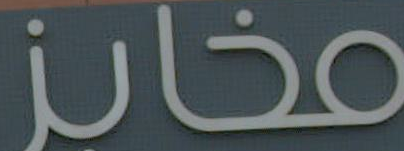
مخانز